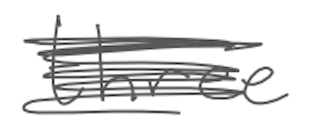
Text: three
Cross-out: scratch
Writing tool: digital_gray